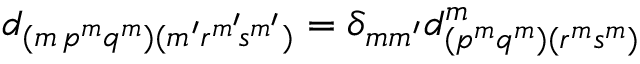
\begin{array} { r } { d _ { ( { m } \, { p } ^ { m } { q } ^ { m } ) ( { m ^ { \prime } } { r } ^ { m ^ { \smash { \prime } } } \! { s } ^ { m ^ { \smash { \prime } } } ) } = \delta _ { m m ^ { \prime } } d _ { ( { p } ^ { m } { q } ^ { m } ) ( { r } ^ { m } { s } ^ { m } ) } ^ { m } } \end{array}